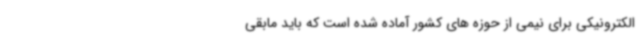
الکترونیکی برای نیمی از حوزه های کشور آماده شده است که باید مابقی